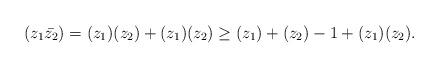
LaTeX: \begin{align*}&(z_1\bar{z_2}) = (z_1)(z_2) + (z_1)(z_2) \geq (z_1)+(z_2) - 1 + (z_1)(z_2).\end{align*}